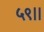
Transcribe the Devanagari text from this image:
५९।।